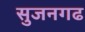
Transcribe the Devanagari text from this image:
सुजनगढ